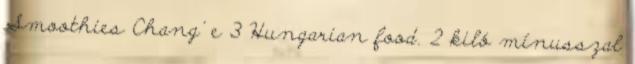
Smoothies Chang' e 3 Hungarian food. 2 kiló mínusszal